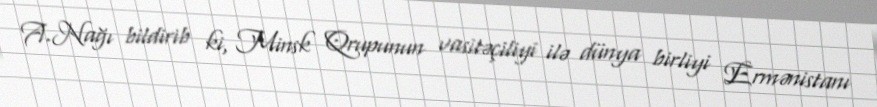
A.Nağı bildirib ki, Minsk Qrupunun vasitəçiliyi ilə dünya birliyi Ermənistanı